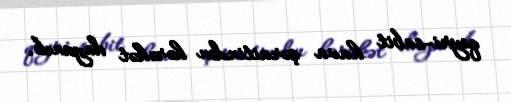
qeyri-sabit hava şəraitindən hərəkət dayanıb.